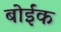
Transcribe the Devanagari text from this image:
बोईंक